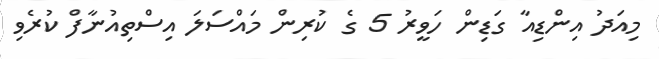
މިއަދު އިންޑިއާ ގަޑިން ހަވީރު 5 ގެ ކުރިން މައްސަލަ އިސްތިއުނާފް ކުރެވި